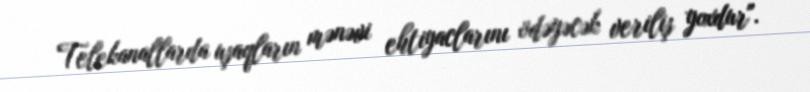
Telekanallarda uşaqların mənəvi ehtiyaclarını ödəyəcək veriliş yoxdur".